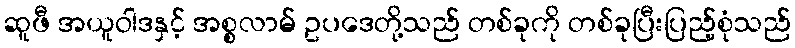
ဆူဖီ အယူဝါဒနှင့် အစ္စလာမ် ဥပဒေတို့သည် တစ်ခုကို တစ်ခုပြီးပြည့်စုံသည်